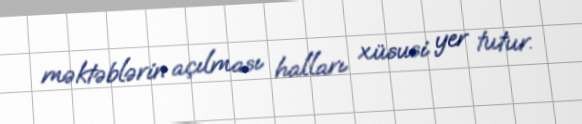
məktəblərin açılması halları xüsusi yer tutur.